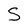
Character: S